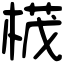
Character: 𣕚